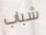
شباب